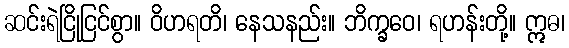
ဆင်းရဲငြိုငြင်စွာ။ ဝိဟရတိ၊ နေသနည်း။ ဘိက္ခဝေ၊ ရဟန်းတို့။ ဣဓ၊